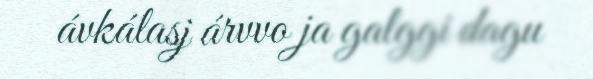
ávkálasj árvvo ja galggi dagu